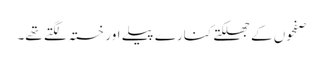
صفحوں کے جھلکتے کنارے پیلے اور خستہ لگتے تھے۔